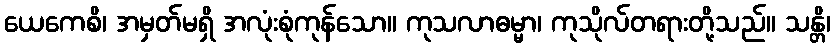
ယေကေစိ၊ အမှတ်မရှိ အလုံးစုံကုန်သော။ ကုသလာဓမ္မာ၊ ကုသိုလ်တရားတို့သည်။ သန္တိ၊